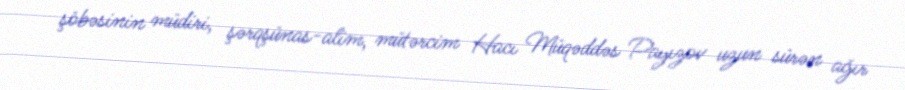
şöbəsinin müdiri, şərqşünas-alim, mütərcim Hacı Müqəddəs Payızov uzun sürən ağır